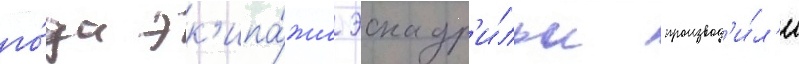
го́да эк'ипа́жи эскадр'и́льи производ'и́л'и